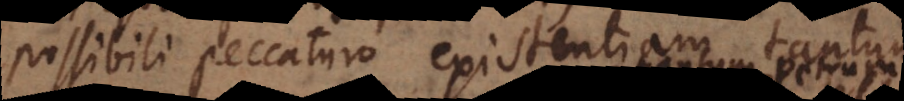
possibili peccaturo existentiam tantum